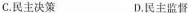
C.民主决策 D.民主监督